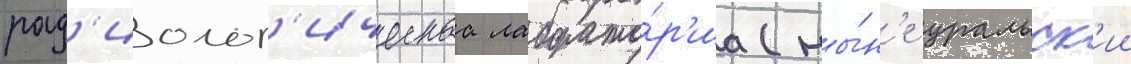
рад'иолог'ическаа лаборато́р'иа (ны́н'е уральск'ии